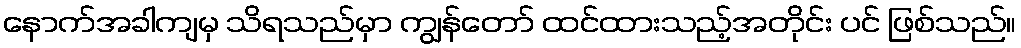
နောက်အခါကျမှ သိရသည်မှာ ကျွန်တော် ထင်ထားသည့်အတိုင်း ပင် ဖြစ်သည်။